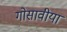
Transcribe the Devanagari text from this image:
गोसावीया